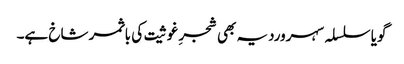
گویا سلسلہ سہروردیہ بھی شجرِ غوثیت کی باثمر شاخ ہے۔